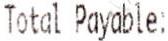
TOTAL PAYABLE: